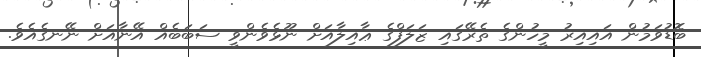
ބޮޑުވަމުން އައިއިރު މީހުންގެ ތެރޭގައި ޒަލަފްގެ ޢާއިލާއަށް ނޫޅެވެންވީ ސަބަބެއް އޭނާއަށް ނޭނގެއެވެ.